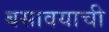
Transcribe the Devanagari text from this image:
बसावयाची